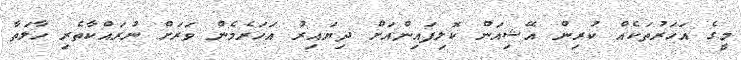
މީގެ އަހަރުތަކެއް ކުރިން އޭޝިއަން ކޮލިފައިންއަށް ދިޔައިރު އަހަރެމެން ވަރަށް ނުރައްކާތެރި ހާލަތާ